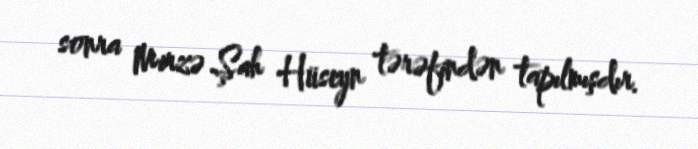
sonra Mirzə Şah Hüseyn tərəfindən tapılmışdır.